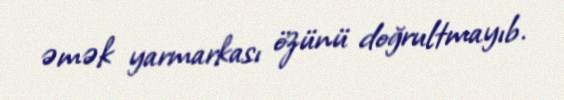
əmək yarmarkası özünü doğrultmayıb.